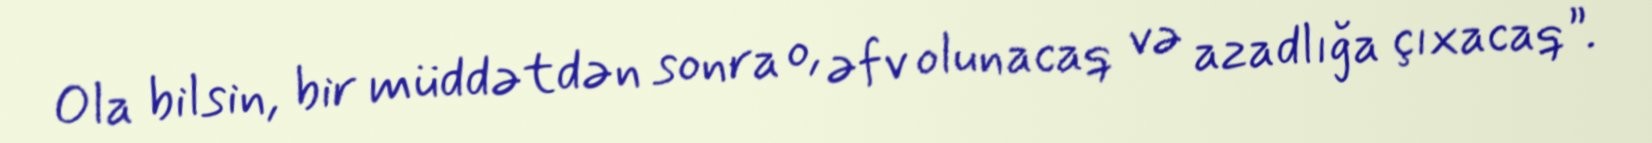
Ola bilsin, bir müddətdən sonra o, əfv olunacaq və azadlığa çıxacaq”.